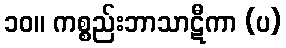
၁၀။ ကစ္စည်းဘာသာဋီကာ (ပ)